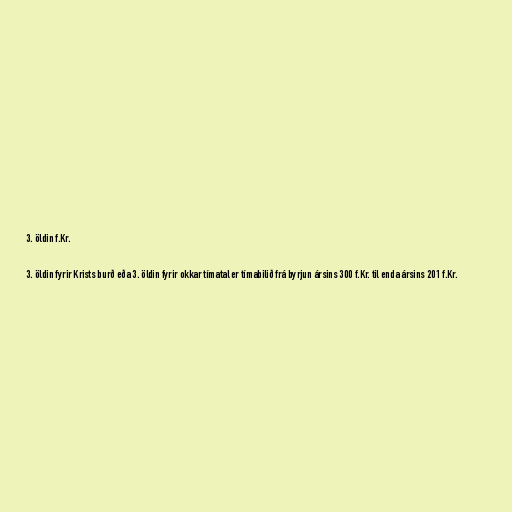
3. öldin f.Kr.

3. öldin fyrir Krists burð eða 3. öldin fyrir okkar tímatal er tímabilið frá byrjun ársins 300 f.Kr. til enda ársins 201 f.Kr.